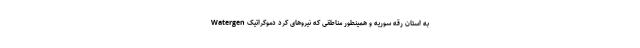
Watergen به استان رقه سوریه و همینطور مناطقی که نیرو‌های کرد دموکراتیک